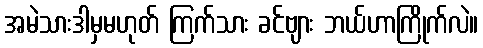
အမဲသားဒါမှမဟုတ် ကြက်သား ခင်ဗျား ဘယ်ဟာကြိုက်လဲ။